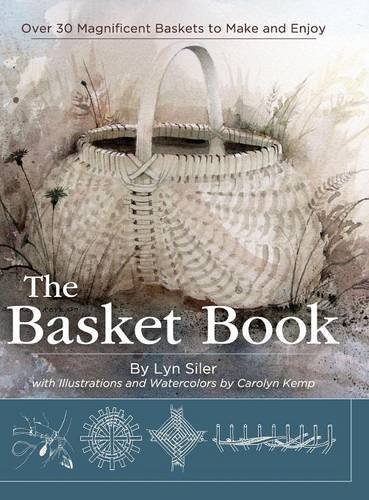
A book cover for The Basket Book: Over 30 Magnificent Baskets to Make and Enjoy; Lyn Siler; Crafts, Hobbies & Home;